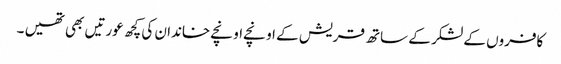
کافروں کے لشکر کے ساتھ قریش کے اونچے اونچے خاندان کی کچھ عورتیں بھی تھیں ۔